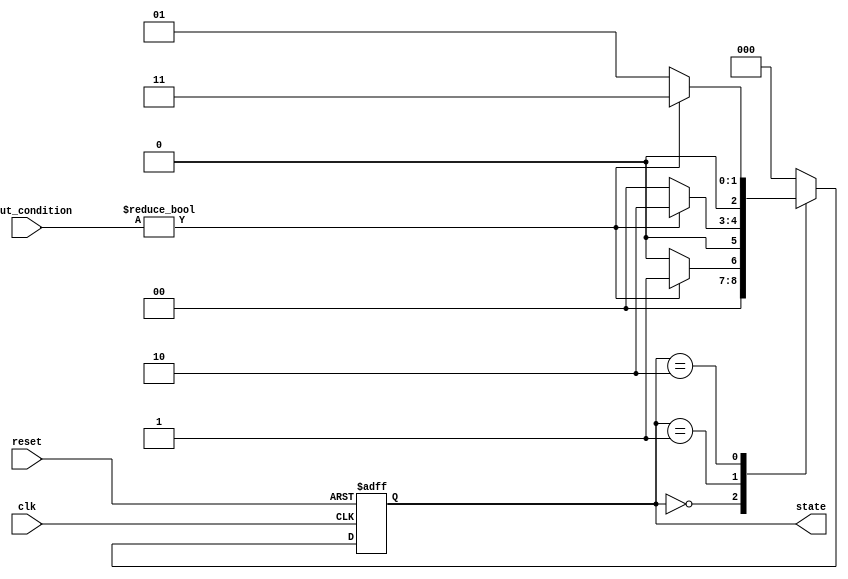
module PreConfiguredStateInit #(
    parameter STATE_WIDTH = 3,     // Width of the state
    parameter INITIAL_STATE = 3'b000 // Default initial state (STATE_0)
)(
    input wire clk,                 // Clock signal
    input wire reset,               // Reset signal (active high)
    input wire [STATE_WIDTH-1:0] input_condition, // Input condition for state transition
    output reg [STATE_WIDTH-1:0] state // Current state output
);

// State encoding
localparam STATE_0 = 3'b000;
localparam STATE_1 = 3'b001;
localparam STATE_2 = 3'b010;
localparam STATE_3 = 3'b011;
// Add more states as required

// State transition logic
always @(posedge clk or posedge reset) begin
    if (reset) begin
        state <= INITIAL_STATE; // Reset to the predefined initial state
    end else begin
        // State transition logic based on input_condition
        case (state)
            STATE_0: begin
                if (input_condition) // Determine next state based on condition
                    state <= STATE_1;
                else
                    state <= STATE_0; // Stay in STATE_0
            end
                
            STATE_1: begin
                if (input_condition) 
                    state <= STATE_2; 
                else
                    state <= STATE_0; // Example of transition back to STATE_0
            end

            STATE_2: begin
                if (input_condition) 
                    state <= STATE_3; 
                else
                    state <= STATE_1; // Transitioning back or forward based on input
            end

            STATE_3: begin
                // Example of loop back to previous state
                state <= STATE_0; // Transitioning back to STATE_0 as an example
            end
            
            default: begin
                state <= INITIAL_STATE; // Fallback state
            end
        endcase
    end
end

endmodule